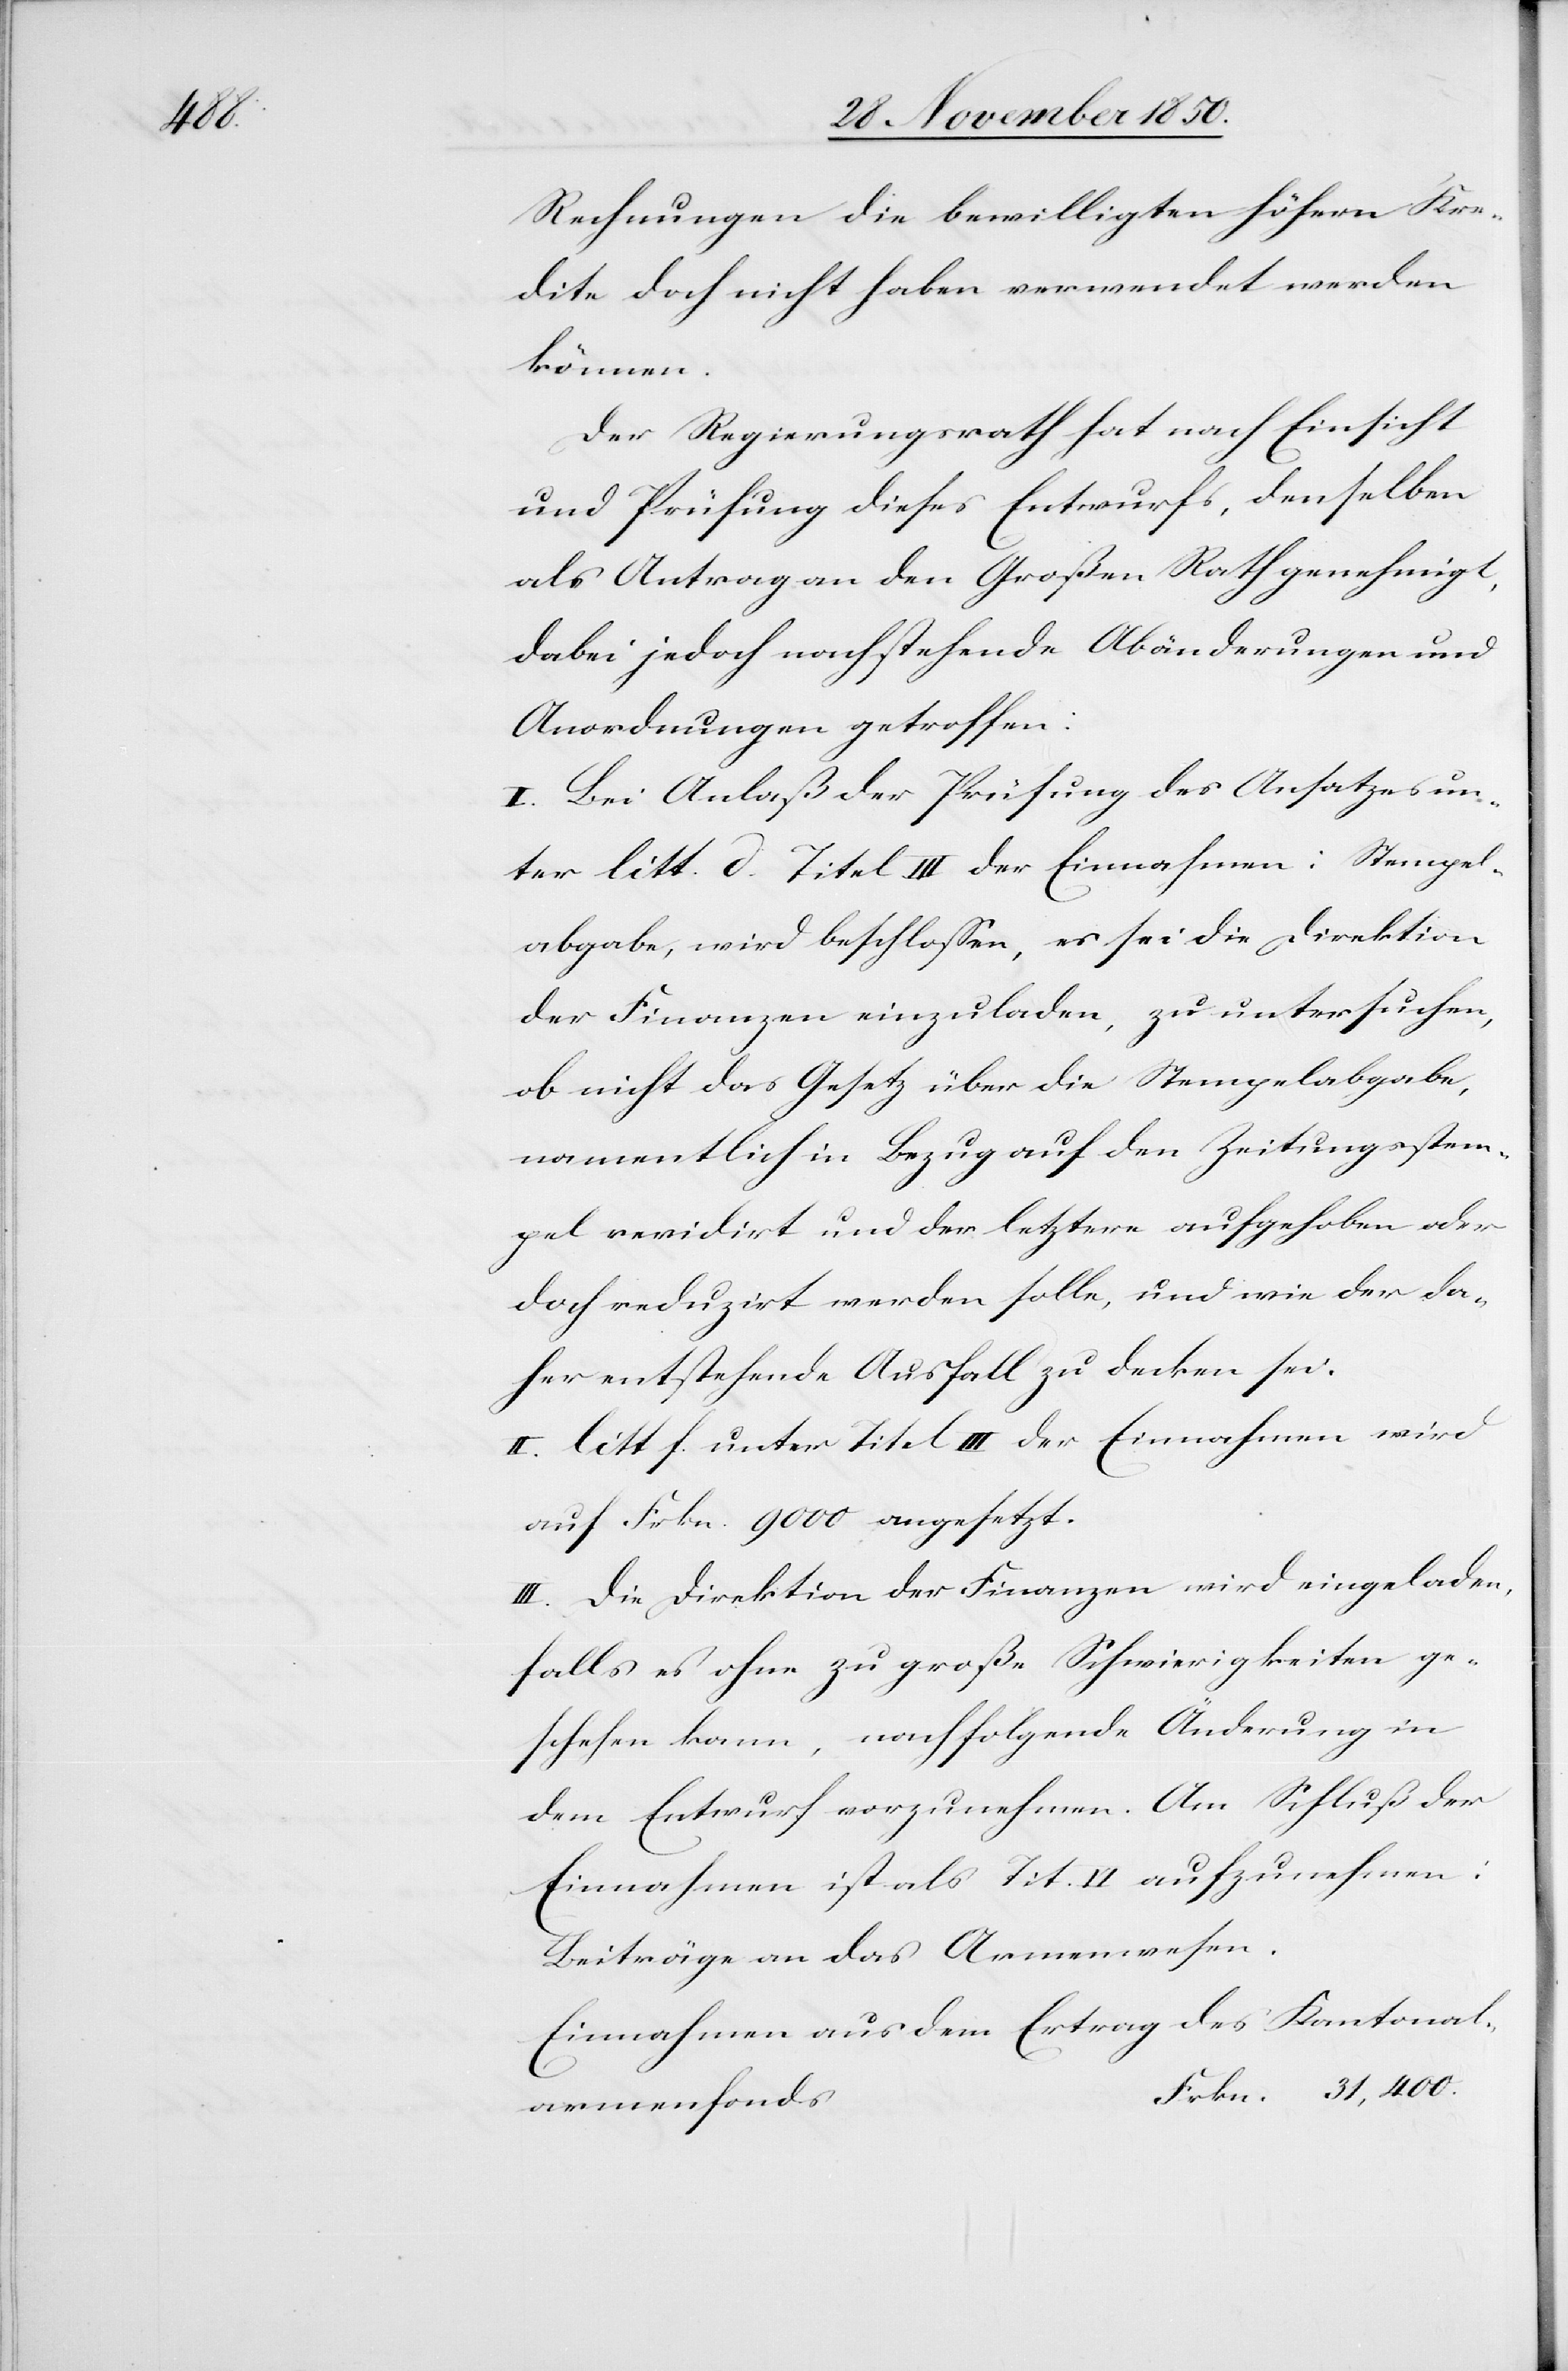
Rechnungen die bewilligten höhern Kre¬
dite doch nicht haben verwendet werden
können.
Der Regierungsrath hat nach Einsicht
und Prüfung dieses Entwurfs, denselben
als Antrag an den Großen Rath genehmigt,
dabei jedoch nachstehende Abänderungen und
Anordnungen getroffen:
I. Bei Anlaß der Prüfung des Ansatzes un¬
ter litt. d. Titel III der Einnahmen: Stempel¬
abgabe, wird beschlossen, es sei die Direktion
der Finanzen einzuladen, zu untersuchen,
ob nicht das Gesetz über die Stempelabgabe,
namentlich in Bezug auf den Zeitungsstem¬
pel revidirt und der letztere aufgehoben oder
doch reduzirt werden solle, und wie der da¬
her entstehende Ausfall zu decken sei.
II. litt. f. unter Titel III der Einnahmen wird
auf Frkn. 9000 angesetzt.
III. Die Direktion der Finanzen wird eingeladen,
falls es ohne zu große Schwierigkeiten ge¬
schehen kann, nachfolgende Änderung in
dem Entwurf vorzunehmen. Am Schluß der
Einnahmen ist als Tit. II aufzunehmen:
Beiträge an das Armenwesen.
Einnahmen aus dem Ertrag des Kantonal¬
armenfonds